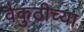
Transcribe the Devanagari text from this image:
वैकुंठीच्या